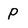
Character: p